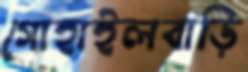
গোহাইলবাড়ি